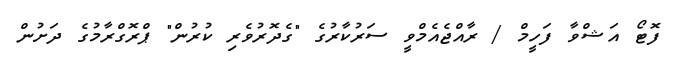
ފޮޓޯ އަޝްވާ ފަހީމް / ރާއްޖެއެމްވީ ސަރުކާރުގެ "ގެދޮރުވެރި ކުރުން" ޕްރޮގްރާމުގެ ދަށުން